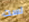
لست